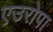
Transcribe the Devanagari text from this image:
एउरोपा